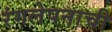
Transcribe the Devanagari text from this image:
रंगलेपनाची